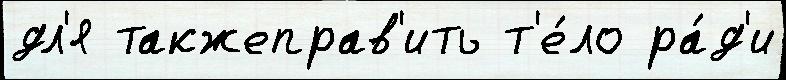
дл'я такжеправ'ить т'е́ло ра́д'и